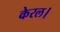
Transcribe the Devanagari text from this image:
केरल।